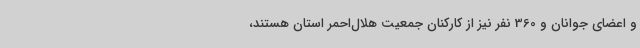
و اعضای جوانان و 360 نفر نیز از کارکنان جمعیت هلال‌احمر استان هستند،